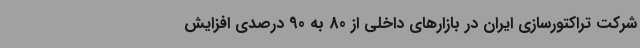
شرکت تراکتورسازی ایران در بازارهای داخلی از 80 به 90 درصدی افزایش